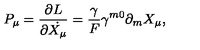
P _ { \mu } = \frac { \partial L } { \partial \dot { X _ { \mu } } } = \frac { \gamma } { F } \gamma ^ { m 0 } \partial _ { m } X _ { \mu } ,